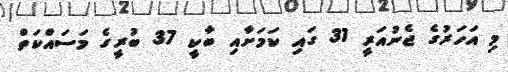
މި އަހަރުގެ ޖެނުއަރީ 31 ގައި ކަމަށާއި ބާކީ 37 ބުރީގެ މަސައްކަތް